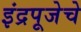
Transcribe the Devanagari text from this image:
इंद्रपूजेचे